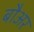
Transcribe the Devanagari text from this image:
बौअर